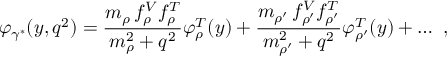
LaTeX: \varphi _ { \gamma ^ { * } } ( y , q ^ { 2 } ) = \frac { m _ { \rho } \, f _ { \rho } ^ { V } f _ { \rho } ^ { T } } { m _ { \rho } ^ { 2 } + q ^ { 2 } } \varphi _ { \rho } ^ { T } ( y ) + \frac { m _ { \rho ^ { \prime } } \, f _ { \rho ^ { \prime } } ^ { V } f _ { \rho ^ { \prime } } ^ { T } } { m _ { \rho ^ { \prime } } ^ { 2 } + q ^ { 2 } } \varphi _ { \rho ^ { \prime } } ^ { T } ( y ) + \ldots \ ,